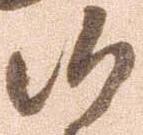
候